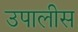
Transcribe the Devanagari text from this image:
उपालीस